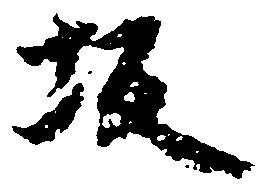
坂